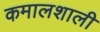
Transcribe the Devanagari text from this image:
कमालशाली